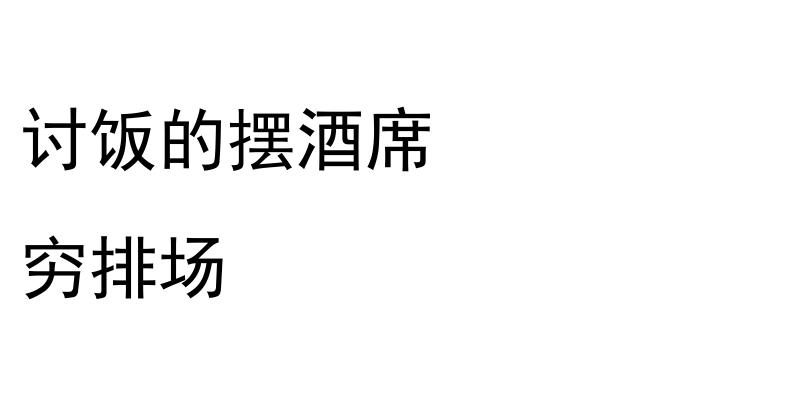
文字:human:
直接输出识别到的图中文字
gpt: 讨饭的摆酒席 穷排场